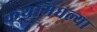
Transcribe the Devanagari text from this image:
कथांमधल्या